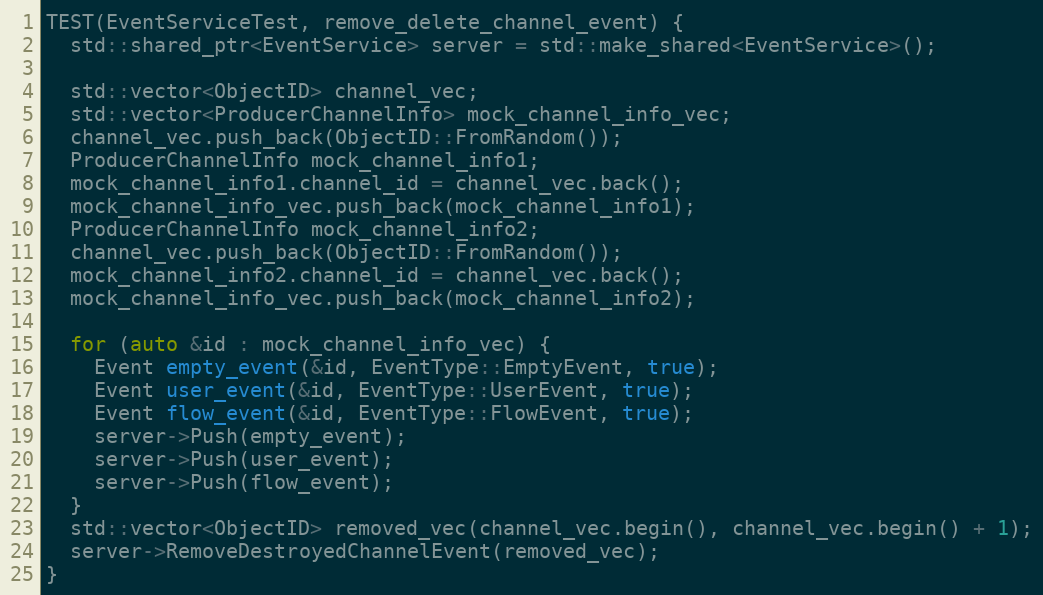
Language: C++
TEST(EventServiceTest, remove_delete_channel_event) {
  std::shared_ptr<EventService> server = std::make_shared<EventService>();

  std::vector<ObjectID> channel_vec;
  std::vector<ProducerChannelInfo> mock_channel_info_vec;
  channel_vec.push_back(ObjectID::FromRandom());
  ProducerChannelInfo mock_channel_info1;
  mock_channel_info1.channel_id = channel_vec.back();
  mock_channel_info_vec.push_back(mock_channel_info1);
  ProducerChannelInfo mock_channel_info2;
  channel_vec.push_back(ObjectID::FromRandom());
  mock_channel_info2.channel_id = channel_vec.back();
  mock_channel_info_vec.push_back(mock_channel_info2);

  for (auto &id : mock_channel_info_vec) {
    Event empty_event(&id, EventType::EmptyEvent, true);
    Event user_event(&id, EventType::UserEvent, true);
    Event flow_event(&id, EventType::FlowEvent, true);
    server->Push(empty_event);
    server->Push(user_event);
    server->Push(flow_event);
  }
  std::vector<ObjectID> removed_vec(channel_vec.begin(), channel_vec.begin() + 1);
  server->RemoveDestroyedChannelEvent(removed_vec);
}